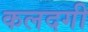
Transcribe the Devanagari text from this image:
कलदगी